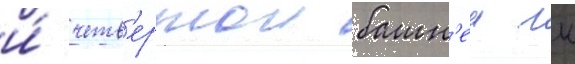
и́ четв'ертои башн'еи гк